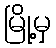
မြို့မှ